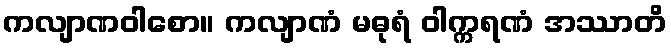
ကလျာဏဝါစော။ ကလျာဏံ မဓုရံ ဝါက္ကရဏံ အဿာတိ